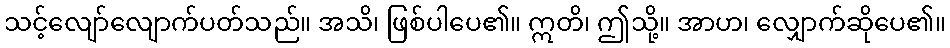
သင့်လျော်လျောက်ပတ်သည်။ အသိ၊ ဖြစ်ပါပေ၏။ ဣတိ၊ ဤသို့။ အာဟ၊ လျှောက်ဆိုပေ၏။